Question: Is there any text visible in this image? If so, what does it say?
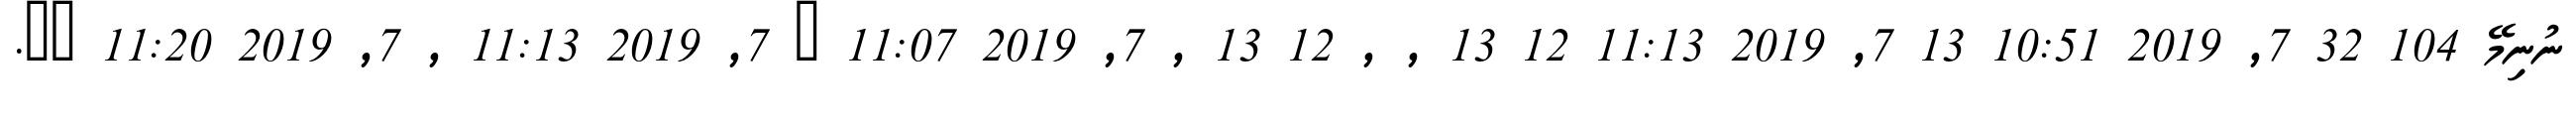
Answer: ނުނިމޭ 104 32 7, 2019 10:51 13 7, 2019 11:13 12 13 , , 12 13 , 7, 2019 11:07 ? 7, 2019 11:13 , 7, 2019 11:20 ??.